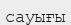
сауығы